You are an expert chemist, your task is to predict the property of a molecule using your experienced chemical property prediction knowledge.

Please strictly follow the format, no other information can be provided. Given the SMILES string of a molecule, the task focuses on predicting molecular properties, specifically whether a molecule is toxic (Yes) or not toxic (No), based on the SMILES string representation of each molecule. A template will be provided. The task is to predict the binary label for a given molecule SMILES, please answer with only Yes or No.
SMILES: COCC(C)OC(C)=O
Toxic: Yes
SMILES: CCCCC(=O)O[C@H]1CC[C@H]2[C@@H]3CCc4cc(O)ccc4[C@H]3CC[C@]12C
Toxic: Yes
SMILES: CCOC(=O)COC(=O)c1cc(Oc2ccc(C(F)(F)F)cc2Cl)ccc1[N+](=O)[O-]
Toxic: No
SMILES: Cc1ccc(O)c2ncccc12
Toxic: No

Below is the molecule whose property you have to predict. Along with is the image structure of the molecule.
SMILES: CCCCCCNC(=O)n1cc(F)c(=O)[nH]c1=O
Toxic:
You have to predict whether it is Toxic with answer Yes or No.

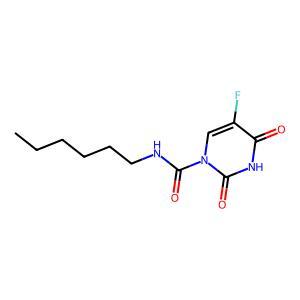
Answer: No